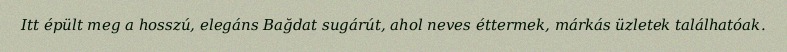
Itt épült meg a hosszú, elegáns Bağdat sugárút, ahol neves éttermek, márkás üzletek találhatóak.